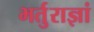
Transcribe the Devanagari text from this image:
भर्तुराज्ञां